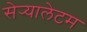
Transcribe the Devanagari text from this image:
सेर्‍यालेटम